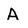
Character: A